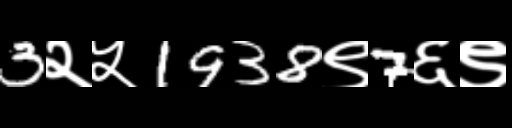
Text: 3२५1938९7६९